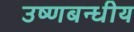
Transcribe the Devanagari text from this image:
उष्णबन्धीय